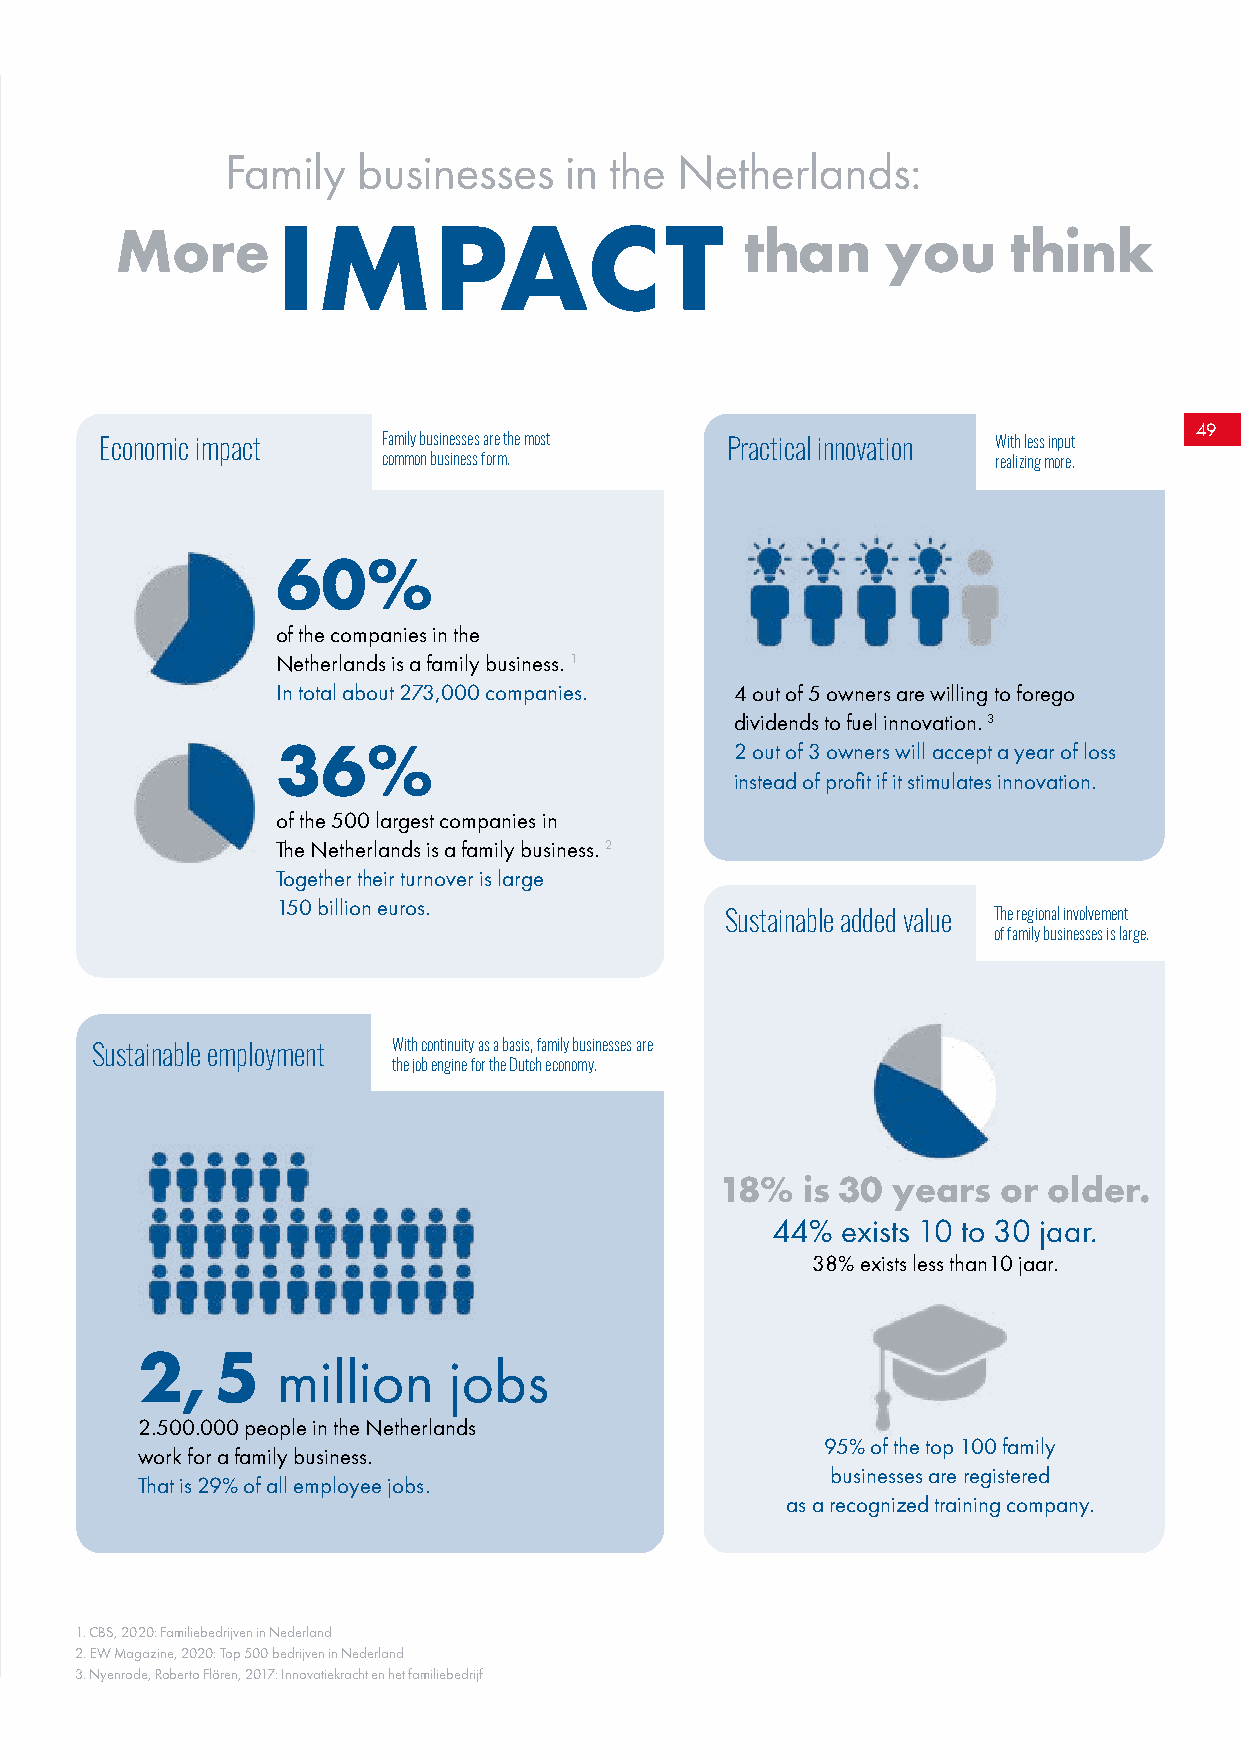
Family   businesses   in the  Netherlands:
 IMPACT
 More                                     than      you     think
 49
 Economic impact   Family businesses are the most Practical innovation With less input
 common business form.                    realizing more.
 60%
 of the companies in the
 Netherlands is a family business. 1
 In total about 273,000 companies. 4 out of 5 owners are willing to forego
 dividends to fuel innovation. 3
 36%                            2 out of 3 owners will accept a year of loss
 instead of profit if it stimulates innovation.
 of the 500 largest companies in
 The Netherlands is a family business. 2
 Together their turnover is large
 150 billion euros.
 Sustainable added value The regional involvement
 of family businesses is large.
 Sustainable employment With continuity as a basis, family businesses are
 the job engine for the Dutch economy.
 18%  is 30 years  or older.
 44%  exists 10 to 30 jaar.
 38% exists less than10 jaar.
 2,5
 million     jobs
 2.500.000 people in the Netherlands
 95% of the top 100 family
 work for a family business.
 businesses are registered
 That is 29% of all employee jobs.
 as a recognized training company.
 1. CBS, 2020: Familiebedrijven in Nederland
 2. EW Magazine, 2020: Top 500 bedrijven in Nederland
 3. Nyenrode, Roberto Flören, 2017: Innovatiekracht en het familiebedrijf